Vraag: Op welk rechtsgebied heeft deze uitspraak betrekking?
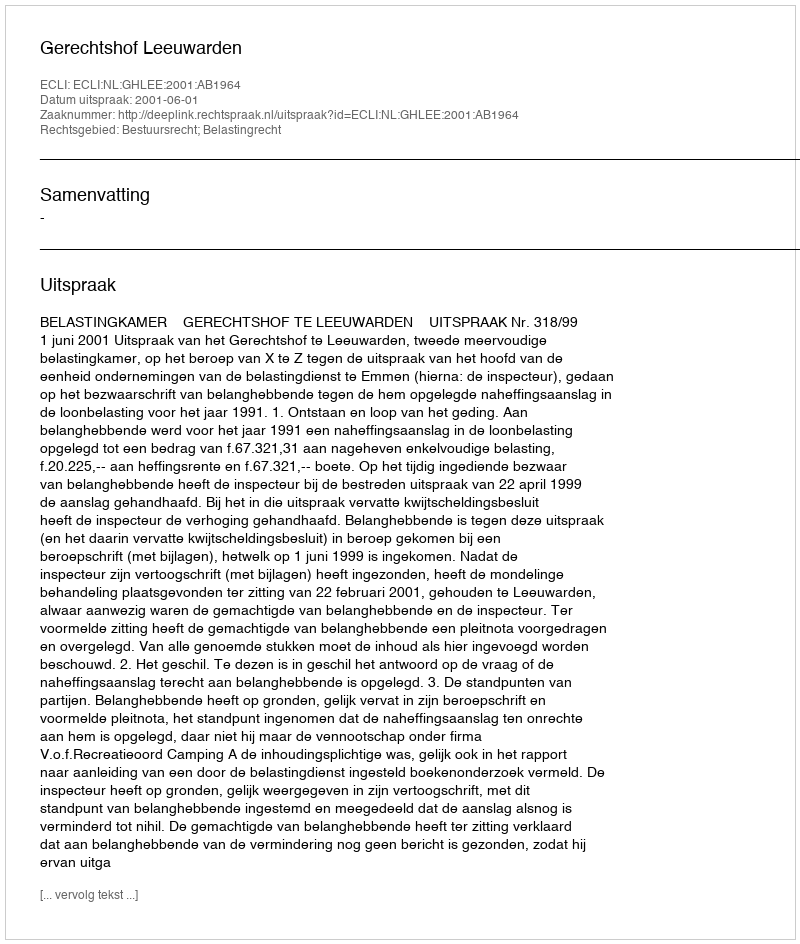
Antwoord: Bestuursrecht; Belastingrecht